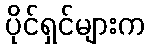
ပိုင်ရှင်များက